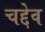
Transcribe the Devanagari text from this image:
चद्देव